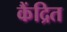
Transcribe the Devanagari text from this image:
कैंद्रित